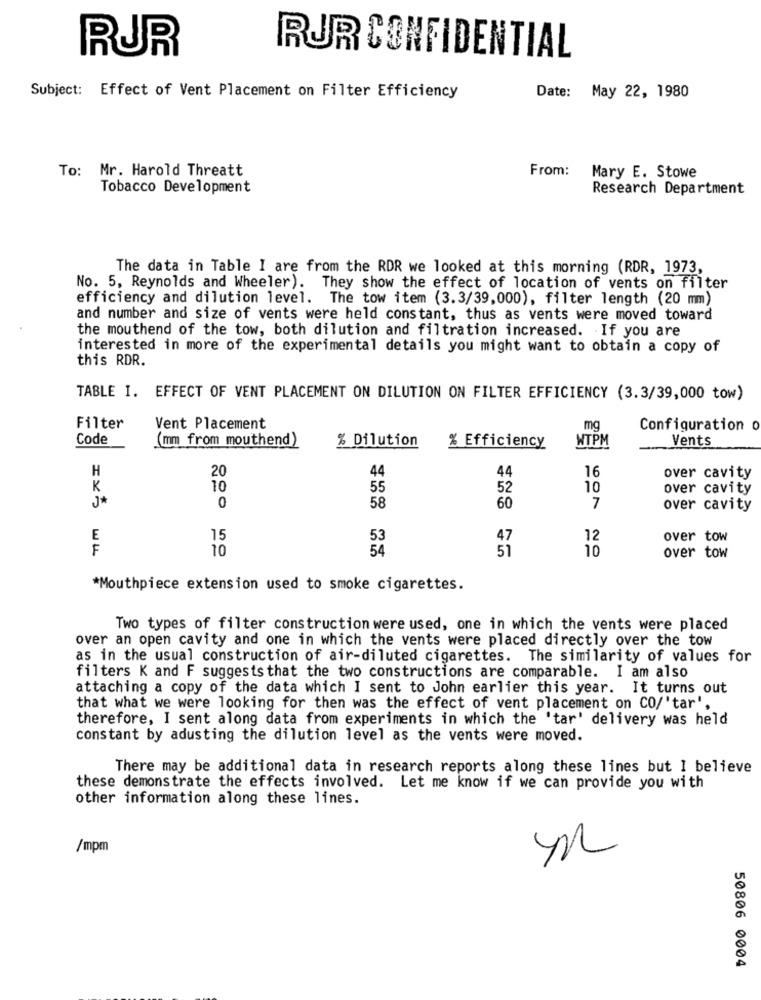
RUR
RUR CONFIDENTIAL
Subject: Effect of Vent Placement on Filter Efficiency
Date: May 22, 1980
To: Mr. Harold Threatt
From:
Mary E. Stowe
Tobacco Development
Research Department
The data in Table I are from the RDR we looked at this morning (RDR, 1973,
No. 5, Reynolds and Wheeler). They show the effect of location of vents on filter
efficiency and dilution level. The tow item (3.3/39,000), filter length (20 mm)
and number and size of vents were held constant, thus as vents were moved toward
the mouthend of the tow, both dilution and filtration increased. If you are
interested in more of the experimental details you might want to obtain a copy of
this RDR.
TABLE I. EFFECT OF VENT PLACEMENT ON DILUTION ON FILTER EFFICIENCY (3.3/39,000 tow)
Filter
Vent Placement
mg
Configuration o
Code
(mm from mouthend)
% Dilution
WTPM
Vents
% Efficiency
H
20
44
44
16
over cavity
K
10
55
52
10
over cavity
J*
0
58
60
7
over cavity
E
15
47
12
over tow
F
10
51
10
over tow
*Mouthpiece extension used to smoke cigarettes.
Two types of filter construction were used, one in which the vents were placed
over an open cavity and one in which the vents were placed directly over the tow
as in the usual construction of air-diluted cigarettes. The similarity of values for
filters K and F suggests that the two constructions are comparable. I am also
attaching a copy of the data which I sent to John earlier this year. It turns out
that what we were looking for then was the effect of vent placement on CO/'tar',
therefore, I sent along data from experiments in which the 'tar' delivery was held
constant by adusting the dilution level as the vents were moved.
There may be additional data in research reports along these lines but I believe
these demonstrate the effects involved. Let me know if we can provide you with
other information along these lines.
/mpm
50806 0004